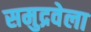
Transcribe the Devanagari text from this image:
समुद्रवेला